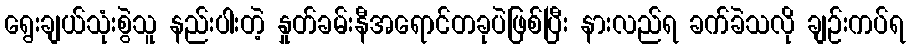
ရွေးချယ်သုံးစွဲသူ နည်းပါးတဲ့ နှုတ်ခမ်းနီအရောင်တခုပဲဖြစ်ပြီး နားလည်ရ ခက်ခဲသလို ချဉ်းကပ်ရ